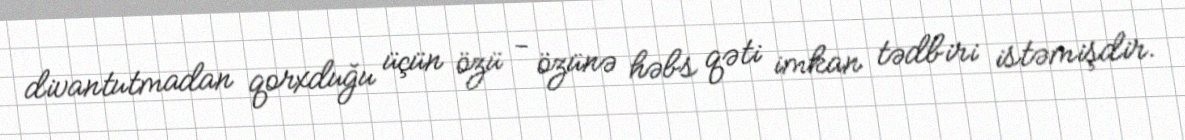
divantutmadan qorxduğu üçün özü - özünə həbs qəti imkan tədbiri istəmişdir.